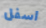
اسفل